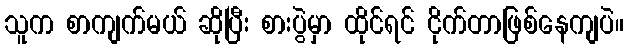
သူက စာကျက်မယ် ဆိုပြီး စားပွဲမှာ ထိုင်ရင် ငိုက်တာဖြစ်နေကျပဲ။